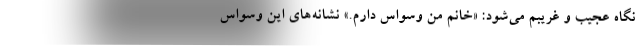
نگاه عجیب و غریبم می‌شود: «خانم من وسواس دارم.» نشانه‌های این وسواس